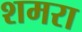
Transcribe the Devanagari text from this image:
शमरा